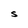
Character: S